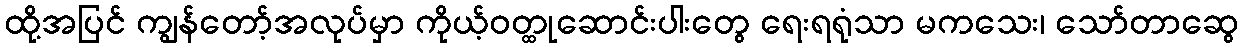
ထို့အပြင် ကျွန်တော့်အလုပ်မှာ ကိုယ့်ဝတ္ထုဆောင်းပါးတွေ ရေးရရုံသာ မကသေး၊ သော်တာဆွေ